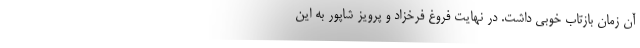
آن زمان بازتاب خوبی داشت. در نهایت فروغ فرخزاد و پرویز شاپور به این